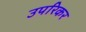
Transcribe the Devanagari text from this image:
उपरिकर